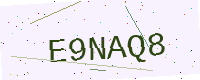
Text: E9NAQ8